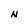
Character: N